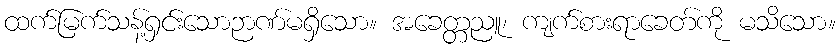
ထက်မြက်သန့်ရှင်းသောဉာဏ်မရှိသော။ အခေတ္တညူ၊ ကျက်စားရာခေတ်ကို မသိသော။